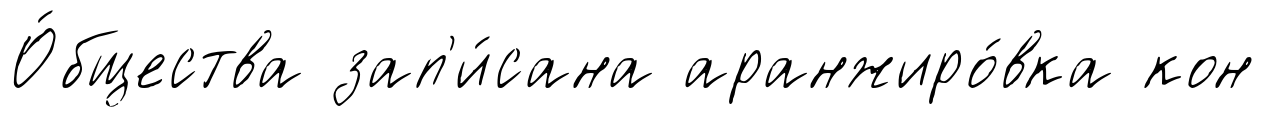
О́бщества зап'и́сана аранжиро́вка кон